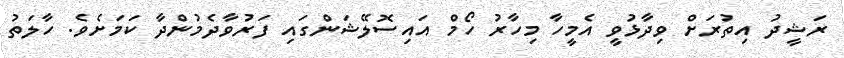
ރަޝީދު އިތުރަށް ވިދާޅުވީ އެމީހާ މިހާރު ހޯމް އައިސޮލޭޝަންގައި ފަރުވާދެމުންދާ ކަމަށެވެ. ހާލަތު